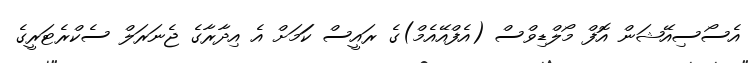
އެސޯސިއޭޝަން އޮފް މޯލްޑިވްސް (އެފްއޭއެމް)ގެ ރައީސް ކަަމަށް އެ އިދާރާގެ ޖެނަރަލް ސެކްރެޓަރީގެ